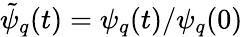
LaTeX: \tilde{\psi}_{q}(t)=\psi_{q}(t)/\psi_{q}(0)